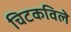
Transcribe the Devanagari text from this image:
चिटकविले